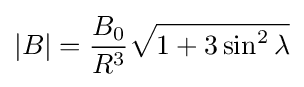
|B|={\frac {B_{0}}{R^{3}}}{\sqrt {1+3\sin ^{2}\lambda }}